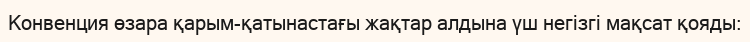
Конвенция өзара қарым-қатынастағы жақтар алдына үш негізгі мақсат қояды: